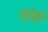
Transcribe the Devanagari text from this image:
सांप्रे